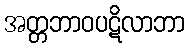
အတ္တဘာဝပဋိလာဘာ